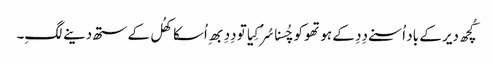
کُچھ دیر کے باد اُسنے دِدِ کے ہوتھو کو چُسنا سُرُ کِیا تو دِدِ بھِ اُسکا کھُل کے ستھ دینے لگِ۔